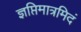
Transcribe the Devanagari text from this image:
ज्ञप्तिमात्रमिदं